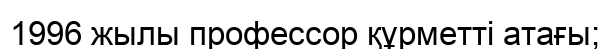
1996 жылы профессор құрметті атағы;